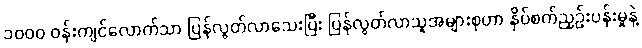
၁၀၀၀ ဝန်းကျင်လောက်သာ ပြန်လွတ်လာသေးပြီး ပြန်လွတ်လာသူအများစုဟာ နှိပ်စက်ညှဉ်းပန်းမှုနဲ့